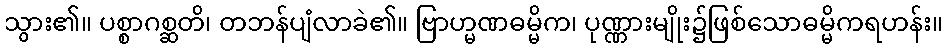
သွား၏။ ပစ္စာဂစ္ဆတိ၊ တဘန်ပျံလာခဲ၏။ ဗြာဟ္မဏဓမ္မိက၊ ပုဏ္ဏားမျိုး၌ဖြစ်သောဓမ္မိကရဟန်း။